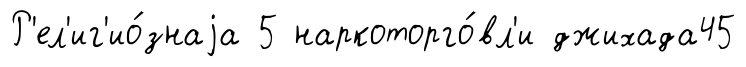
Р'ел'иг'ио́знаjа 5 наркоторго́вл'и джихада45